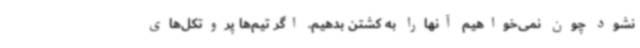
نشود چون نمی‌خواهیم‌ آنهارا به کشتن بدهیم. اگر تیم‌ها پروتکل‌های